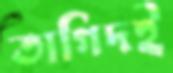
তাগিদই